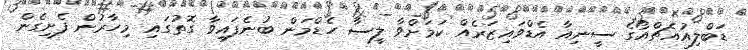
ޑަބްލިއުއެޗްއޯގެ ސީނިއާ އެޑްވައިޒަރެއް ކަމަށްވާ ލީސާ ހެޑްމަން ބުނެފައިވާ ގޮތުގައި މިހާރުން ފެށިގެން